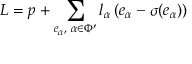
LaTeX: L = p + \sum _ { e _ { \alpha } , \; \alpha \in \Phi ^ { \prime } } l _ { \alpha } \, ( e _ { \alpha } - \sigma ( e _ { \alpha } ) )